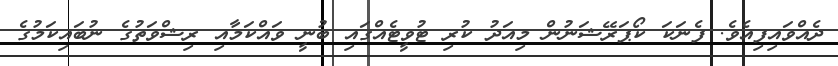
ދެއްވައިފިއެވެ. ފެނަކަ ކޯޕަރޭޝަނުން މިއަދު ކުރި ޓުވީޓެއްގައި ބުނީ ވައްކަމާއި ރިޝްވަތުގެ ނުބައިކަމުގެ